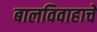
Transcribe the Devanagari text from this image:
बालविवाहाचे